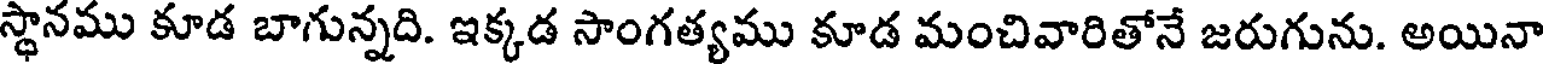
స్థానము కూడ బాగున్నది. ఇక్కడ సాంగత్యము కూడ మంచివారితోనే జరుగును. అయినా